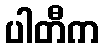
ပါတီက